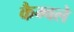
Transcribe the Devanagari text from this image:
कैम्बले